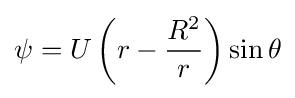
\psi =U\left(r-{\frac {R^{2}}{r}}\right)\sin \theta